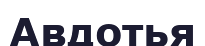
Авдотья